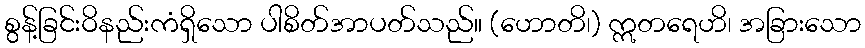
စွန့်ခြင်းဝိနည်းကံရှိသော ပါစိတ်အာပတ်သည်။ (ဟောတိ၊) ဣတရေဟိ၊ အခြားသော